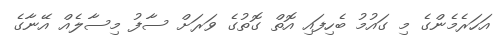
އަހަރެމެންގެ މި ގައުމު ބެހިފައި އޮތް ގޮތުގެ ވަރަށް ސާފު މިސާލެއް އޭނާގެ